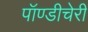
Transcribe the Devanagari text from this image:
पॉण्डीचेरी